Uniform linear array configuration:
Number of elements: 16
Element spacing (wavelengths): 0.75
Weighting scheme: hann
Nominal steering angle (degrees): -30
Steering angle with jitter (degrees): -30.471
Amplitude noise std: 0.05
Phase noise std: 0.05

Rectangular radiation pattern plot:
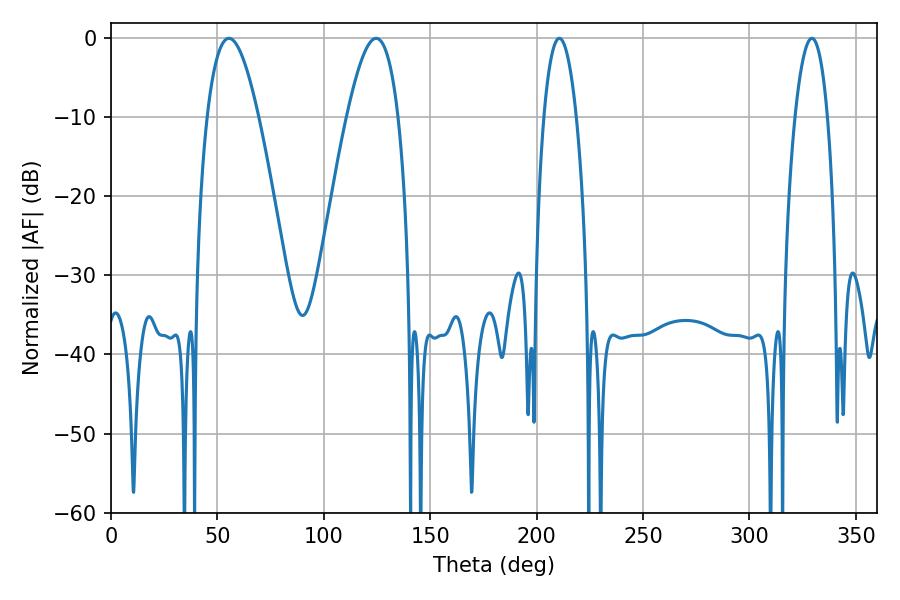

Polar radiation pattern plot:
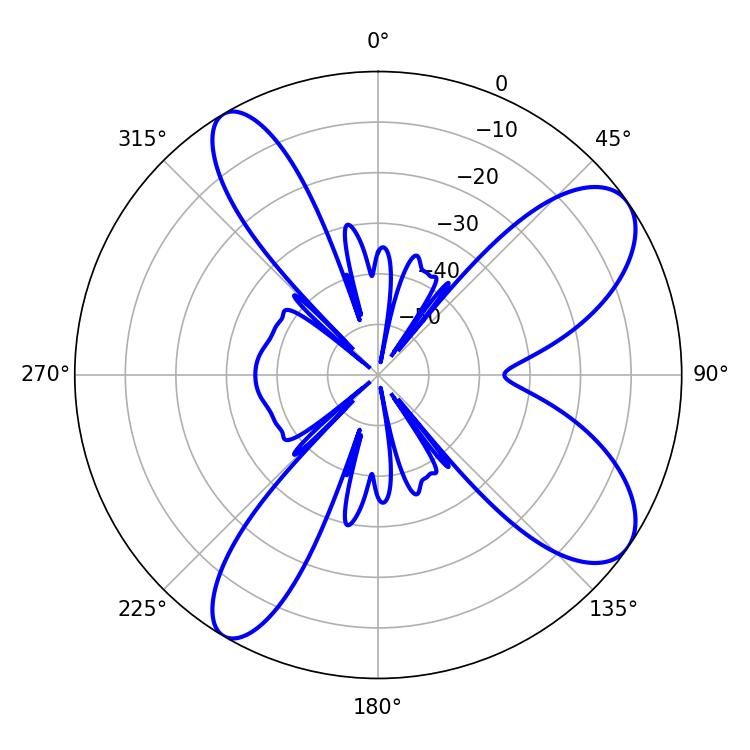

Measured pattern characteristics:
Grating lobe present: TRUE
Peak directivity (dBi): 9.035
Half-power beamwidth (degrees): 13.14
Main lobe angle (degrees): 55.44